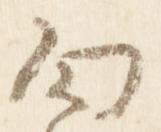
面